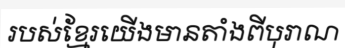
របស់ខ្មែរយើងមានតាំងពីបុរាណ